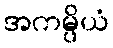
အကမ္ပိယံ